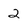
Character: 2